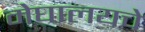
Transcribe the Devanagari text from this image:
मेघालयचे